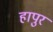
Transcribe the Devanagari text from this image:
हापुर